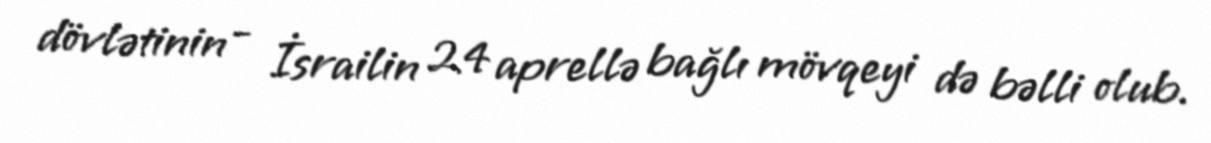
dövlətinin - İsrailin 24 aprellə bağlı mövqeyi də bəlli olub.